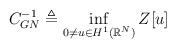
LaTeX: \begin{align*}C_{GN}^{-1} \triangleq\inf_{0 \not= u \in H^1(\mathbb{R}^N)} Z[u]\end{align*}